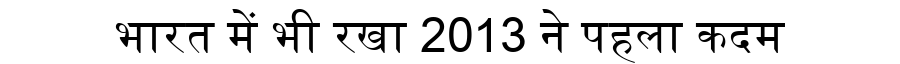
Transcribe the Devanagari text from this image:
भारत में भी रखा 2013 ने पहला कदम